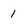
Character: 1